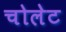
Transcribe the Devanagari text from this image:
चोलेट